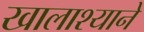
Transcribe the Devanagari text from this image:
खालाश्याने